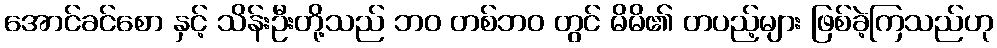
အောင်ခင်စော နှင့် သိန်းဦးတို့သည် ဘဝ တစ်ဘဝ တွင် မိမိ၏ တပည့်များ ဖြစ်ခဲ့ကြသည်ဟု